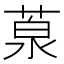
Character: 葲